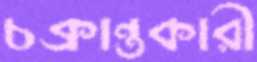
চক্রান্তকারী